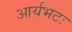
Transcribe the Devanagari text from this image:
आर्यभटः